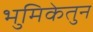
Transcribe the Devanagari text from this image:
भुमिकेतुन